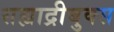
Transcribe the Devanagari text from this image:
सह्याद्रीबुक्स